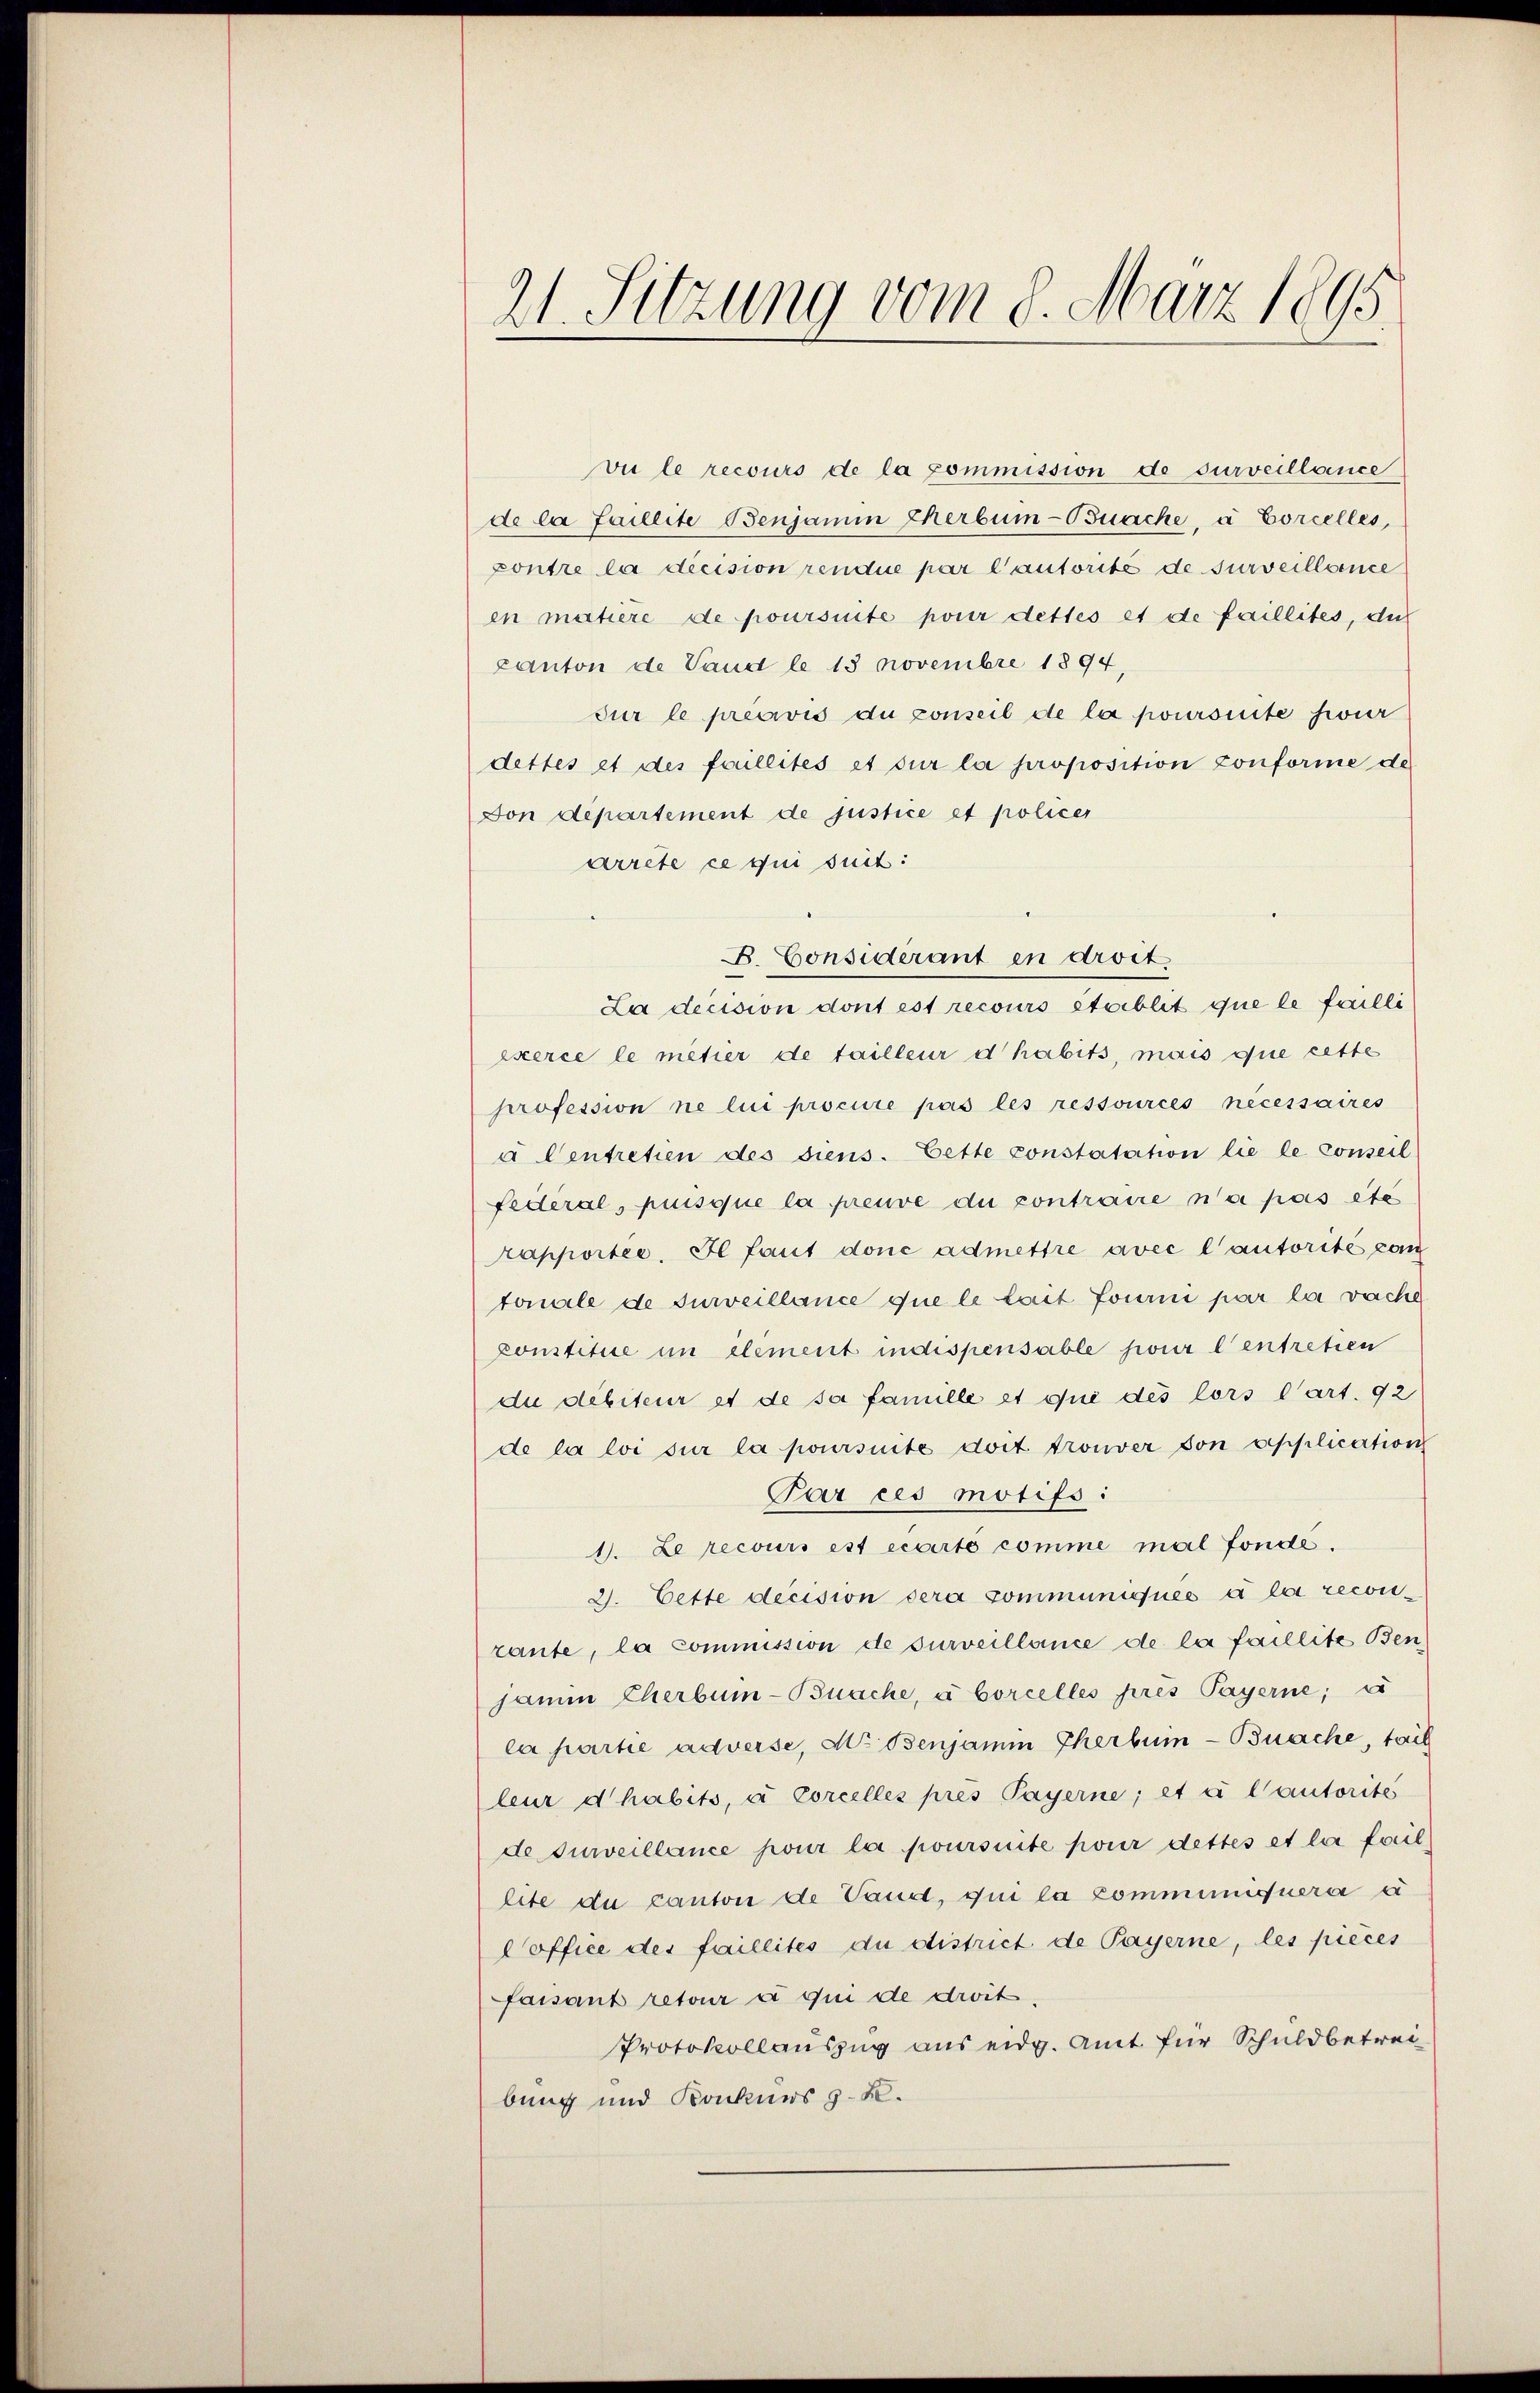
21. Sitzung vom 8. März 1895.

vu le recours de la commission de surveillance
de la faillite Benjamin Therbum-Buache, a Eorcelles,
pontre la décision rendue par l’autorité de surveillence
en matière de poursuite pour dettes et de faillites, du
canton de Vaud le 13 Novembre 1894,
dur le précivis du conseil de la poursuite feuer
dettes et des faillités et sur la proposition conforme de
von departement de justice et policer
arrete ce qui suit:
B. Considérant en droit
La decision dont est recours stablit que le failli
exerce le métier de tailleur d’habits, mais que cette
profession ne lui procure pas les ressources nécessaires
u Centretien des diens. Cette constatation lie le Conseil
federal, puisque la preuve du contraire n’a pas été
rapportée. Il faut donc admettre avec l’autorité com
tolle de surveillance que le lait fourni par la vache
Constitue in element indispensable pour l’entretien
die débiteur et de sa famille et que des lors Cart. 92
de la loi sur la poursuite doit trouver von application
Par ces motifs:
1. Le recours est écarto comme mal fonde.
2. Cette decision dera communiqués à la reconzante, la commission de surveillance de la faillite Ben
jamin Cherbum-Buache, à borcelles prés Payerne; d
la partie adverse, Hr. Benjamin Therbum-Buache, tail
leur d’habits, à Corcelles pres Payerne; et à l’autorité
de surveillance pour la poursuite pour dettes et la fail
lite du canton de Vaud, qui la communiquera a
Coffice des faillités du district de Payerne, les pieces
faisant retour à qui de droit.
Protokollauszug aus eidg. Amt für Schuldbetreibung und Konkurs z. B.